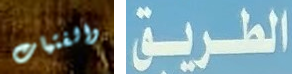
والفتيات الطريق